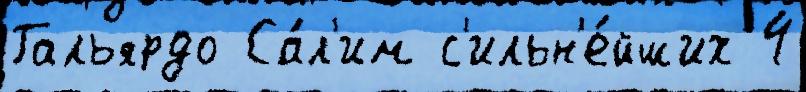
Гальярдо Са́л'им с'ильн'е́йших 4